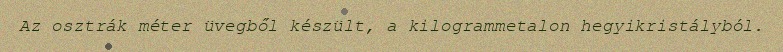
Az osztrák méter üvegből készült, a kilogrammetalon hegyikristályból.